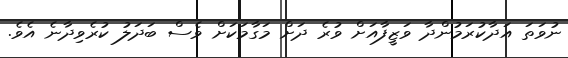
ނުވަތަ އަދާކުރަމުންދާ ވަޒީފާއަށް ވުރެ ދަށް މަގާމަކަށް ވެސް ބަދަލު ކުރެވިދާނެ އެވެ.